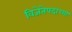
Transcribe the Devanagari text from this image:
विजेतेपदाच्या